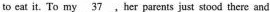
to eat it. To my \underline{37}, her parents just stood there and